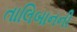
તાલિબાનની